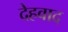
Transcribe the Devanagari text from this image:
देहवाद